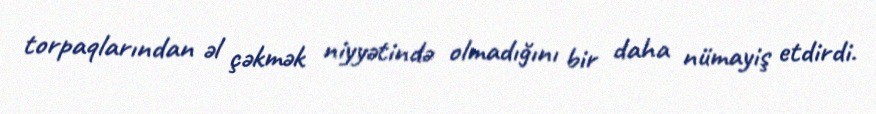
torpaqlarından əl çəkmək niyyətində olmadığını bir daha nümayiş etdirdi.